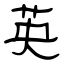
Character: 英